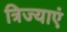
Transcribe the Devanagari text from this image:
त्रिज्याएं